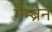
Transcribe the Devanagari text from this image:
मैम्ब्रेन